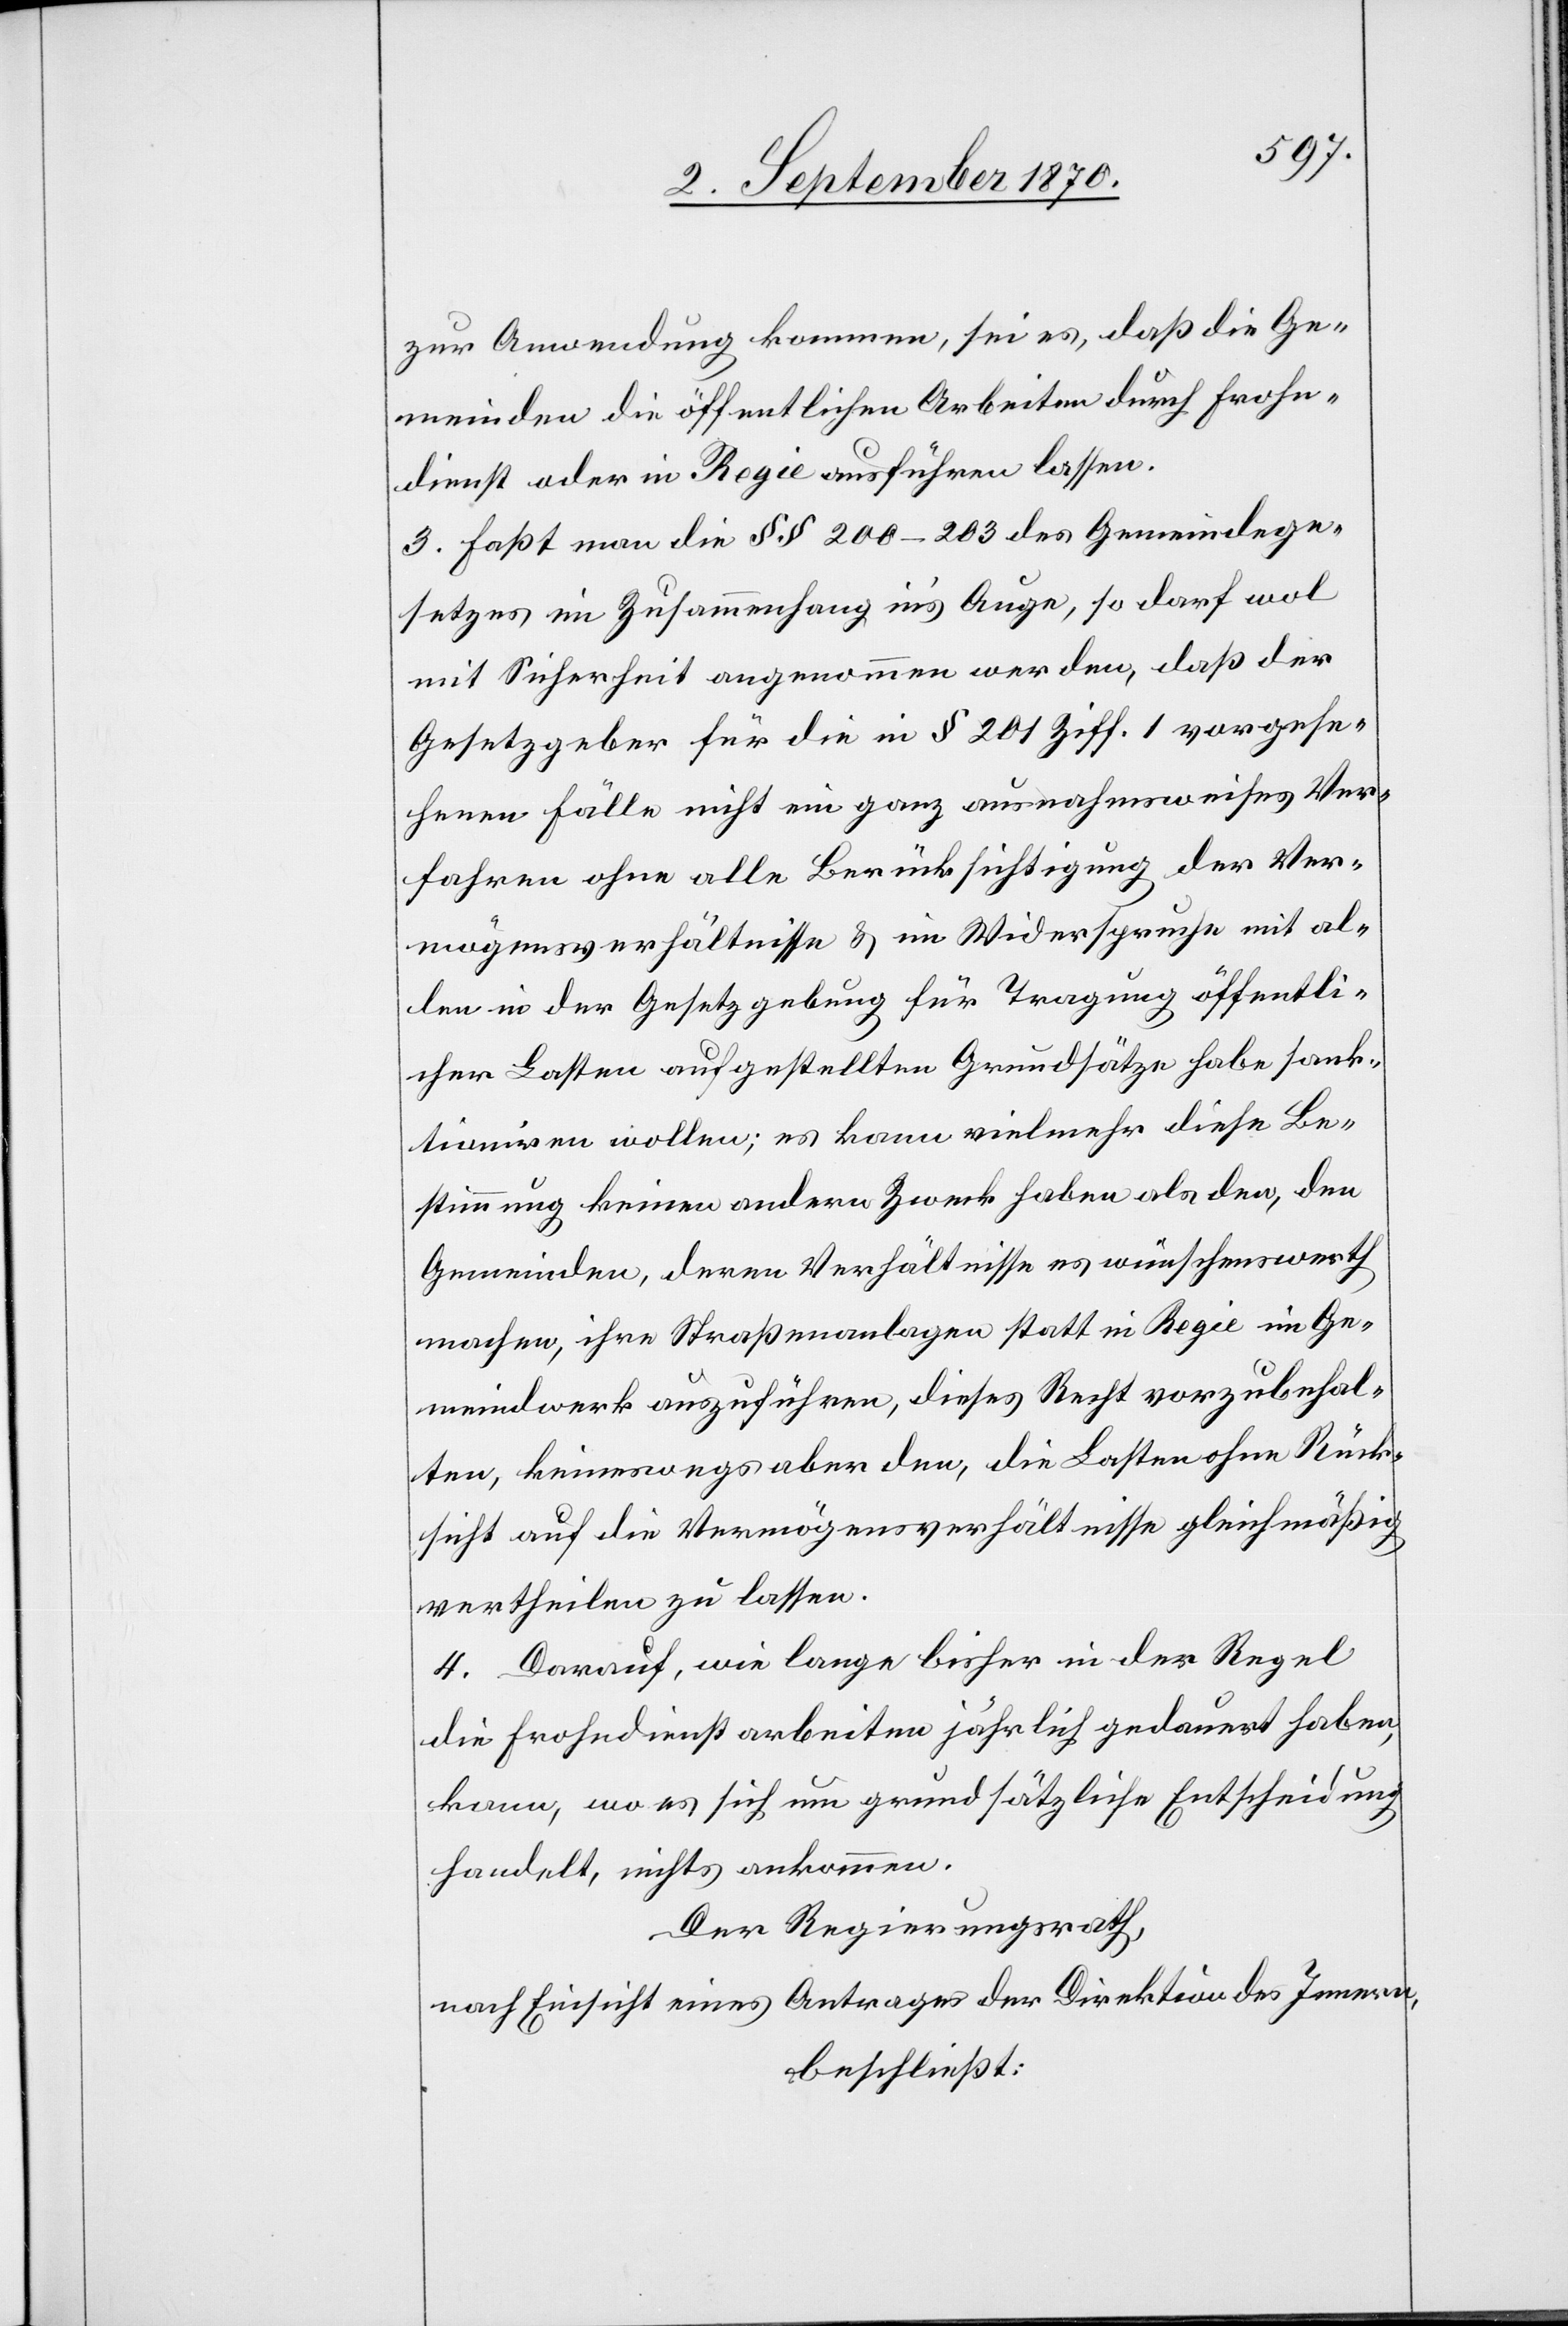
zur Anwendung kommen, sei es, daß die Ge¬
meinden die öffentlichen Arbeiten durch Frohn¬
dienst oder Regie ausführen lassen.
3. Faßt man die §§ 200–203 des Gemeindege¬
setzes im Zusammenhang in’s Auge, so darf wol
mit Sicherheit angenommen werden, daß der
Gesetzgeber für die in § 201 Ziff. 1 vorgese¬
henen Fälle nicht ein ganz ausnahmsweises Ver¬
fahren ohne alle Berücksichtigung der Ver¬
mögensverhältnisse & im Widerspruche mit al¬
len in der Gesetzgebung für Tragung öffentli¬
cher Lasten aufgestellten Grundsätze habe sank¬
tioniren wollen; es kann vielmehr diese Be¬
stimmung keinen andern Zwecke haben als der, den
Gemeinden, deren Verhältnisse es wünschenswerth
machen, ihre Straßenanlagen statt in Regie im Ge¬
meindwerk auszuführen, dieses Recht vorzubehal¬
ten, keineswegs aber den, die Lasten ohne Rück¬
sicht auf die Vermögensverhältnisse gleichmäßig
vertheilen zu lassen.
4. Darauf, wie lange bisher in der Regel
die Frohndienstarbeiten jährlich gedauert haben,
kann, wo es sich um grundsätzliche Entscheidung
handelt, nichts ankommen.
Der Regierungsrath,
nach Einsicht eines Antrages der Direktion des Innern,
beschließt: